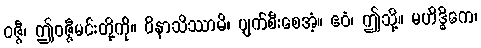
ဝဇ္ဇီ၊ ဤဝဇ္ဇီမင်းတို့ကို။ ဝိနာသိဿာမိ၊ ပျက်စီးစေအံ့။ ဧဝံ၊ ဤသို့။ မဟိဒ္ဓိကေ၊